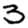
Digit: 3